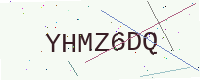
Text: YHMZ6DQ